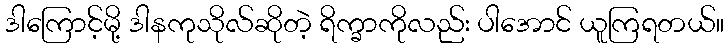
ဒါကြောင့်မို့ ဒါနကုသိုလ်ဆိုတဲ့ ရိက္ခာကိုလည်း ပါအောင် ယူကြရတယ်။